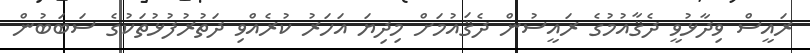
ރައީސް ވިދާޅުވީ ދެޤާއުމުގެ ރައީސުން ދެޤައުމަށް މިދިޔަ އަހަރު ކުރެއްވި ދަތުރުފުޅުތަކުގެ ސަބަބުން